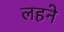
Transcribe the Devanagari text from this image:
लहने